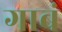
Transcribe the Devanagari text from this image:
गाबं